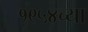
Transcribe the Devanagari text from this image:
१९५४च्या